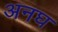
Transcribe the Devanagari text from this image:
अनघ